Civil Veterinary Dept. Bombay admin report 1932-41 - 1932-1941
Year: 1932
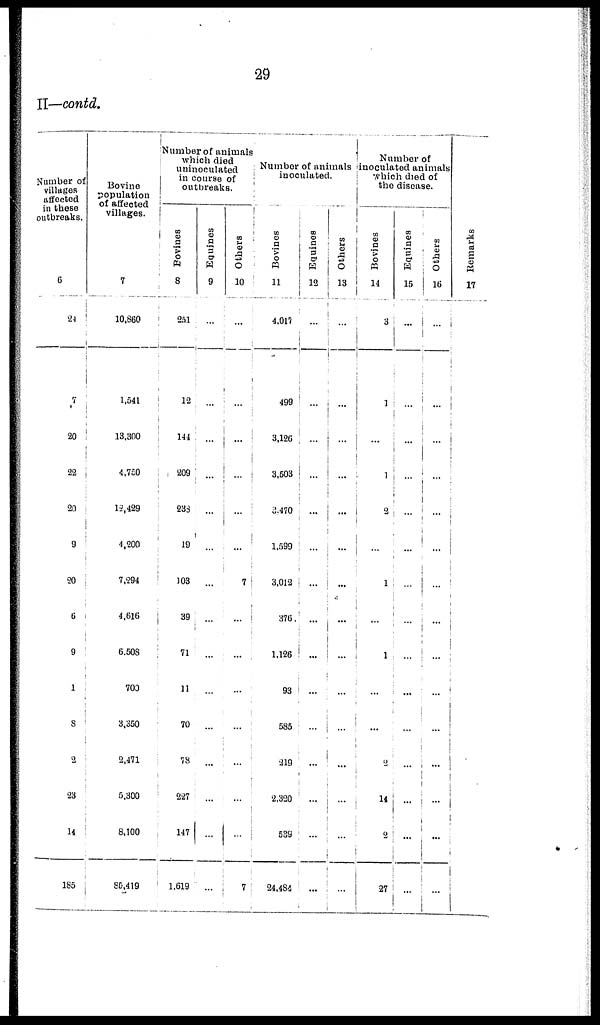
29
II—contd.
Number of
villages
affected
in these
outbreaks.
6
24
7
20
22
20
9
20
6
9
1
8
2
23
14
185
Bovine
population
of affected
villages.
7
10,860
1,541
13,300
4,750
12,429
4,200
7,294
4,616
6,508
700
3,350
2,471
5,300
8,100
85,419
Number of animals
which died
uninoculated
in course of
outbreaks.
Bovines
8
251
12
144
209
233
19
103
39
71
11
70
78
227
147
1,619
Equines
9
...
...
...
...
...
...
...
...
...
...
...
...
...
...
...
Others
10
...
...
...
...
...
...
7
...
...
...
...
...
...
...
7
Number of animals
inoculated.
Bovines
11
4,017
499
3,126
3,503
3,470
1,599
3,012
376
1,126
93
585
219
2,320
539
24,484
Equines
12
...
...
...
...
...
...
...
...
...
...
...
...
...
...
...
Others
13
...
...
...
...
...
...
...
...
...
...
...
...
...
...
...
Number of
inoculated animals
which died of
the disease.
Bovines
14
3
1
...
1
2
...
1
...
1
...
...
2
14
2
27
Equines
15
...
...
...
...
...
...
...
...
...
...
...
...
...
...
...
Others
16
...
...
...
...
...
...
...
...
...
...
...
...
...
...
...
Remarks
17